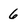
Character: 6